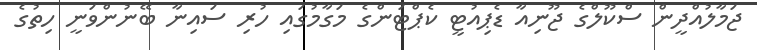
ޖަމާލުއްދީން ސްކޫލްގެ ޖޫނިއާ ޑެޕިއުޓީ ކެޕްޓަންގެ މަގާމުގައި ހުރި ސައިނާ ބޭނުންވަނީ ހިތުގެ